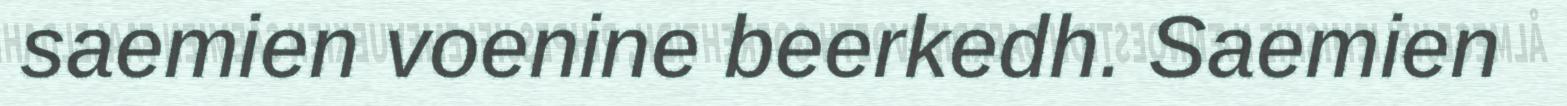
saemien voenine beerkedh. Saemien